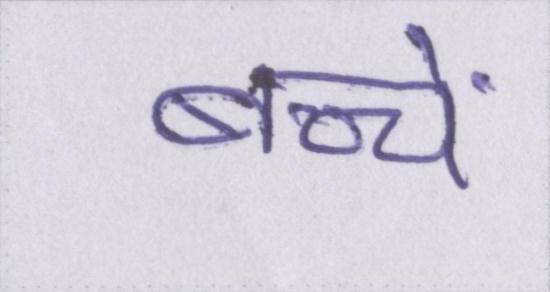
बच्चें